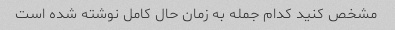
مشخص کنید کدام جمله به زمان حال کامل نوشته شده است